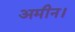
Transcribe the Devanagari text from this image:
अमीन।